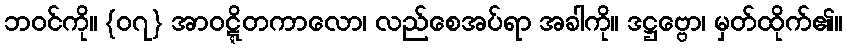
ဘဝင်ကို။ {၀၇} အာဝဋ္ဋိတကာလော၊ လည်စေအပ်ရာ အခါကို။ ဒဋ္ဌဗ္ဗော၊ မှတ်ထိုက်၏။